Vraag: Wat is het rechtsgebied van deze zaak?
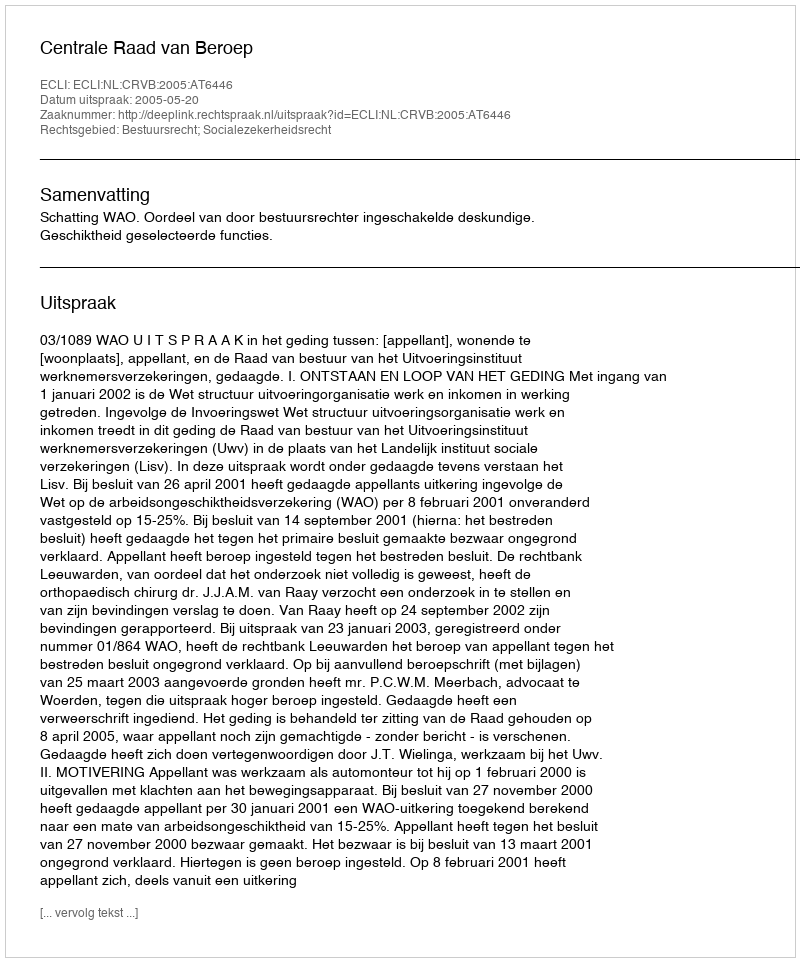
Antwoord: Bestuursrecht; Socialezekerheidsrecht